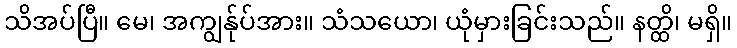
သိအပ်ပြီ။ မေ၊ အကျွန်ုပ်အား။ သံသယော၊ ယုံမှားခြင်းသည်။ နတ္ထိ၊ မရှိ။